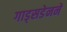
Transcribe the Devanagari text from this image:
गाड्सडेनने